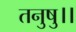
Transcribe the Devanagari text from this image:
तनुषु।।